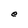
Character: e